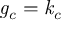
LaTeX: \mathit { g _ { c } = k _ { c } }